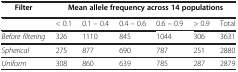
<table><thead><tr><td><b>Filter</b></td><td colspan="6"><b>Mean allele frequency across 14 populations</b></td></tr></thead><tbody><tr><td> </td><td>&lt; 0.1</td><td>0.1 – 0.4</td><td>0.4 – 0.6</td><td>0.6 – 0.9</td><td>&gt; 0.9</td><td>Total</td></tr><tr><td><i>Before filtering</i></td><td>326</td><td>1110</td><td>845</td><td>1044</td><td>306</td><td>3631</td></tr><tr><td><i>Spherical</i></td><td>275</td><td>877</td><td>690</td><td>787</td><td>251</td><td>2880</td></tr><tr><td><i>Uniform</i></td><td>308</td><td>860</td><td>639</td><td>785</td><td>287</td><td>2879</td></tr></tbody></table>